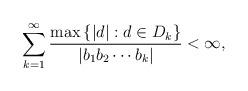
LaTeX: \begin{align*}\sum_{k=1}^{\infty} \frac{\max \left\{| d |: d \in D_{k}\right\}}{\left|b_{1} b_{2} \cdots b_{k}\right|}<\infty, \end{align*}